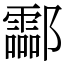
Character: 酃